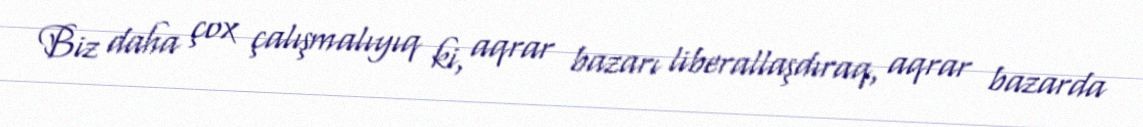
Biz daha çox çalışmalıyıq ki, aqrar bazarı liberallaşdıraq, aqrar bazarda